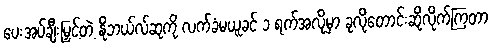
ပေးအပ်ချီးမြှင့်တဲ့ နိုဘယ်လ်ဆုကို လက်ခံမယူခင် ၁ ရက်အလိုမှာ ခုလိုတောင်းဆိုလိုက်ကြတာ